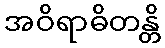
အဝိရာဓိတန္တိ